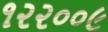
૧૨૨૦૦૯